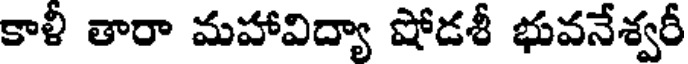
కాళీ తారా మహావిద్యా షోడశీ భువనేశ్వరీ